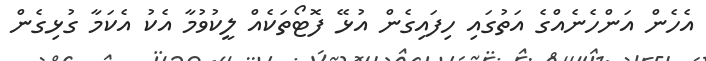
އެހެން އަންހެނެއްގެ އަތުގައި ހިފައިގެން އުޅޭ ފޮޓޯތަކެއް ލީކުވުމާ އެކު އެކަމާ ގުޅިގެން